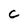
Character: C